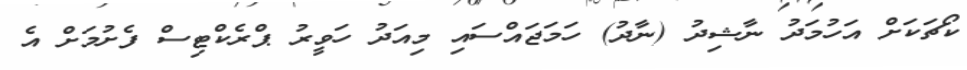
ކޯޗަކަށް އަހުމަދު ނާޝިދު (ނާދު) ހަމަޖައްސައި މިއަދު ހަވީރު ޕްރެކްޓިސް ފެށުމަށް އެ